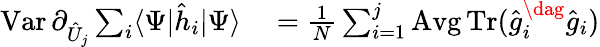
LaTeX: \begin{array}{rl}{\textstyle\operatorname{Var}\partial_{\hat{U}_{j}}\sum_{i}\langle\Psi|\hat{h}_{i}|\Psi\rangle}&{{}\textstyle=\frac{1}{N}\sum_{i=1}^{j}\operatorname{Avg}\operatorname{Tr}(\hat{g}_{i}^{\dag}\hat{g}_{i})}\end{array}